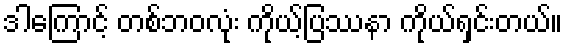
ဒါကြောင့် တစ်ဘဝလုံး ကိုယ့်ပြဿနာ ကိုယ်ရှင်းတယ်။